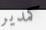
كمدير